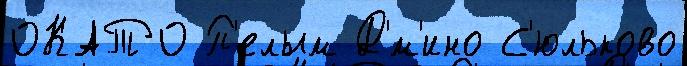
ОКАТО П'елым Д'́м'ино С'юльково